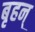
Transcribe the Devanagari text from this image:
बृहन्